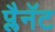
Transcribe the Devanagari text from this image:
प्लैनॅट